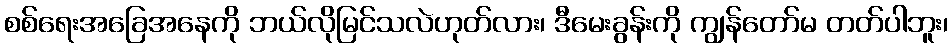
စစ်ရေးအခြေအနေကို ဘယ်လိုမြင်သလဲဟုတ်လား၊ ဒီမေးခွန်းကို ကျွန်တော်မ တတ်ပါဘူး၊